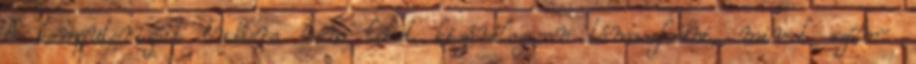
A komputerizált tudásra nem lehet kizárólagosan támaszkodni, mivel szám-